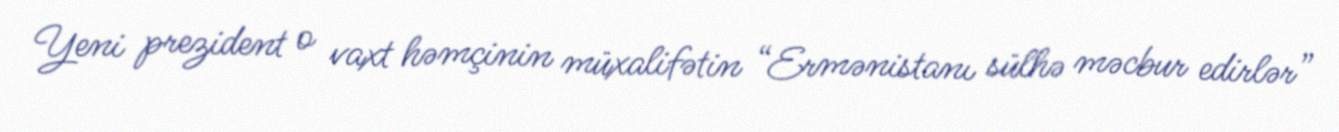
Yeni prezident o vaxt həmçinin müxalifətin “Ermənistanı sülhə məcbur edirlər”